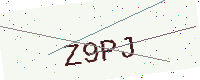
Text: Z9PJ